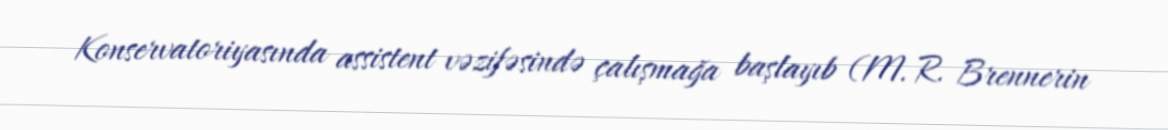
Konservatoriyasında assistent vəzifəsində çalışmağa başlayıb (M. R. Brennerin